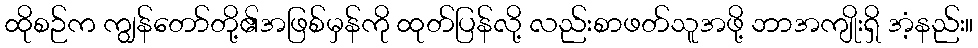
ထိုစဉ်က ကျွန်တော်တို့၏အဖြစ်မှန်ကို ထုတ်ပြန်လို့ လည်းစာဖတ်သူအဖို့ ဘာအကျိုးရှိ အံ့နည်း။